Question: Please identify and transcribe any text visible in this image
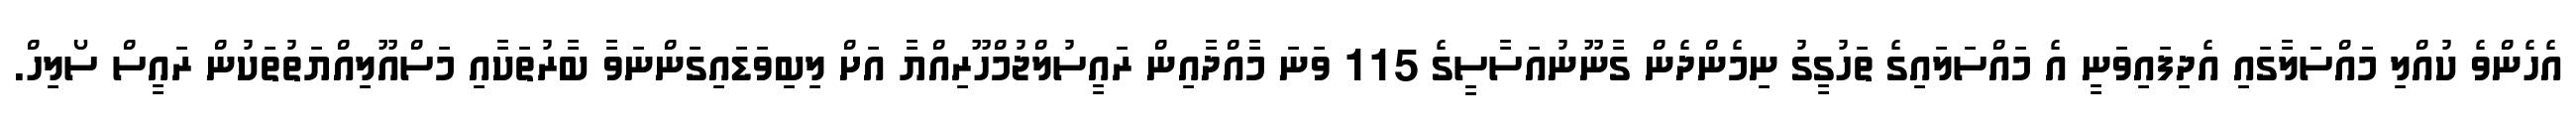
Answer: އެހެންވެ ކުއްލި މައްސަލާގައި އެދިފައިވަނީ އެ މައްސަލައިގެ ތަހުގީގު ނިމެންދެން ގާނޫނުއަސާސީގެ 115 ވަނަ މާއްދާއިން ރައީސުލްޖުމްހޫރިއްޔާ އަށް ލިބިވަޑައިގަންނަވާ ބާރުތަކާއި މަސްއޫލިއްޔަތުތަކުން ރައީސް ސޯލިހް.